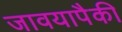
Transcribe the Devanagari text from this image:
जावयापैकी